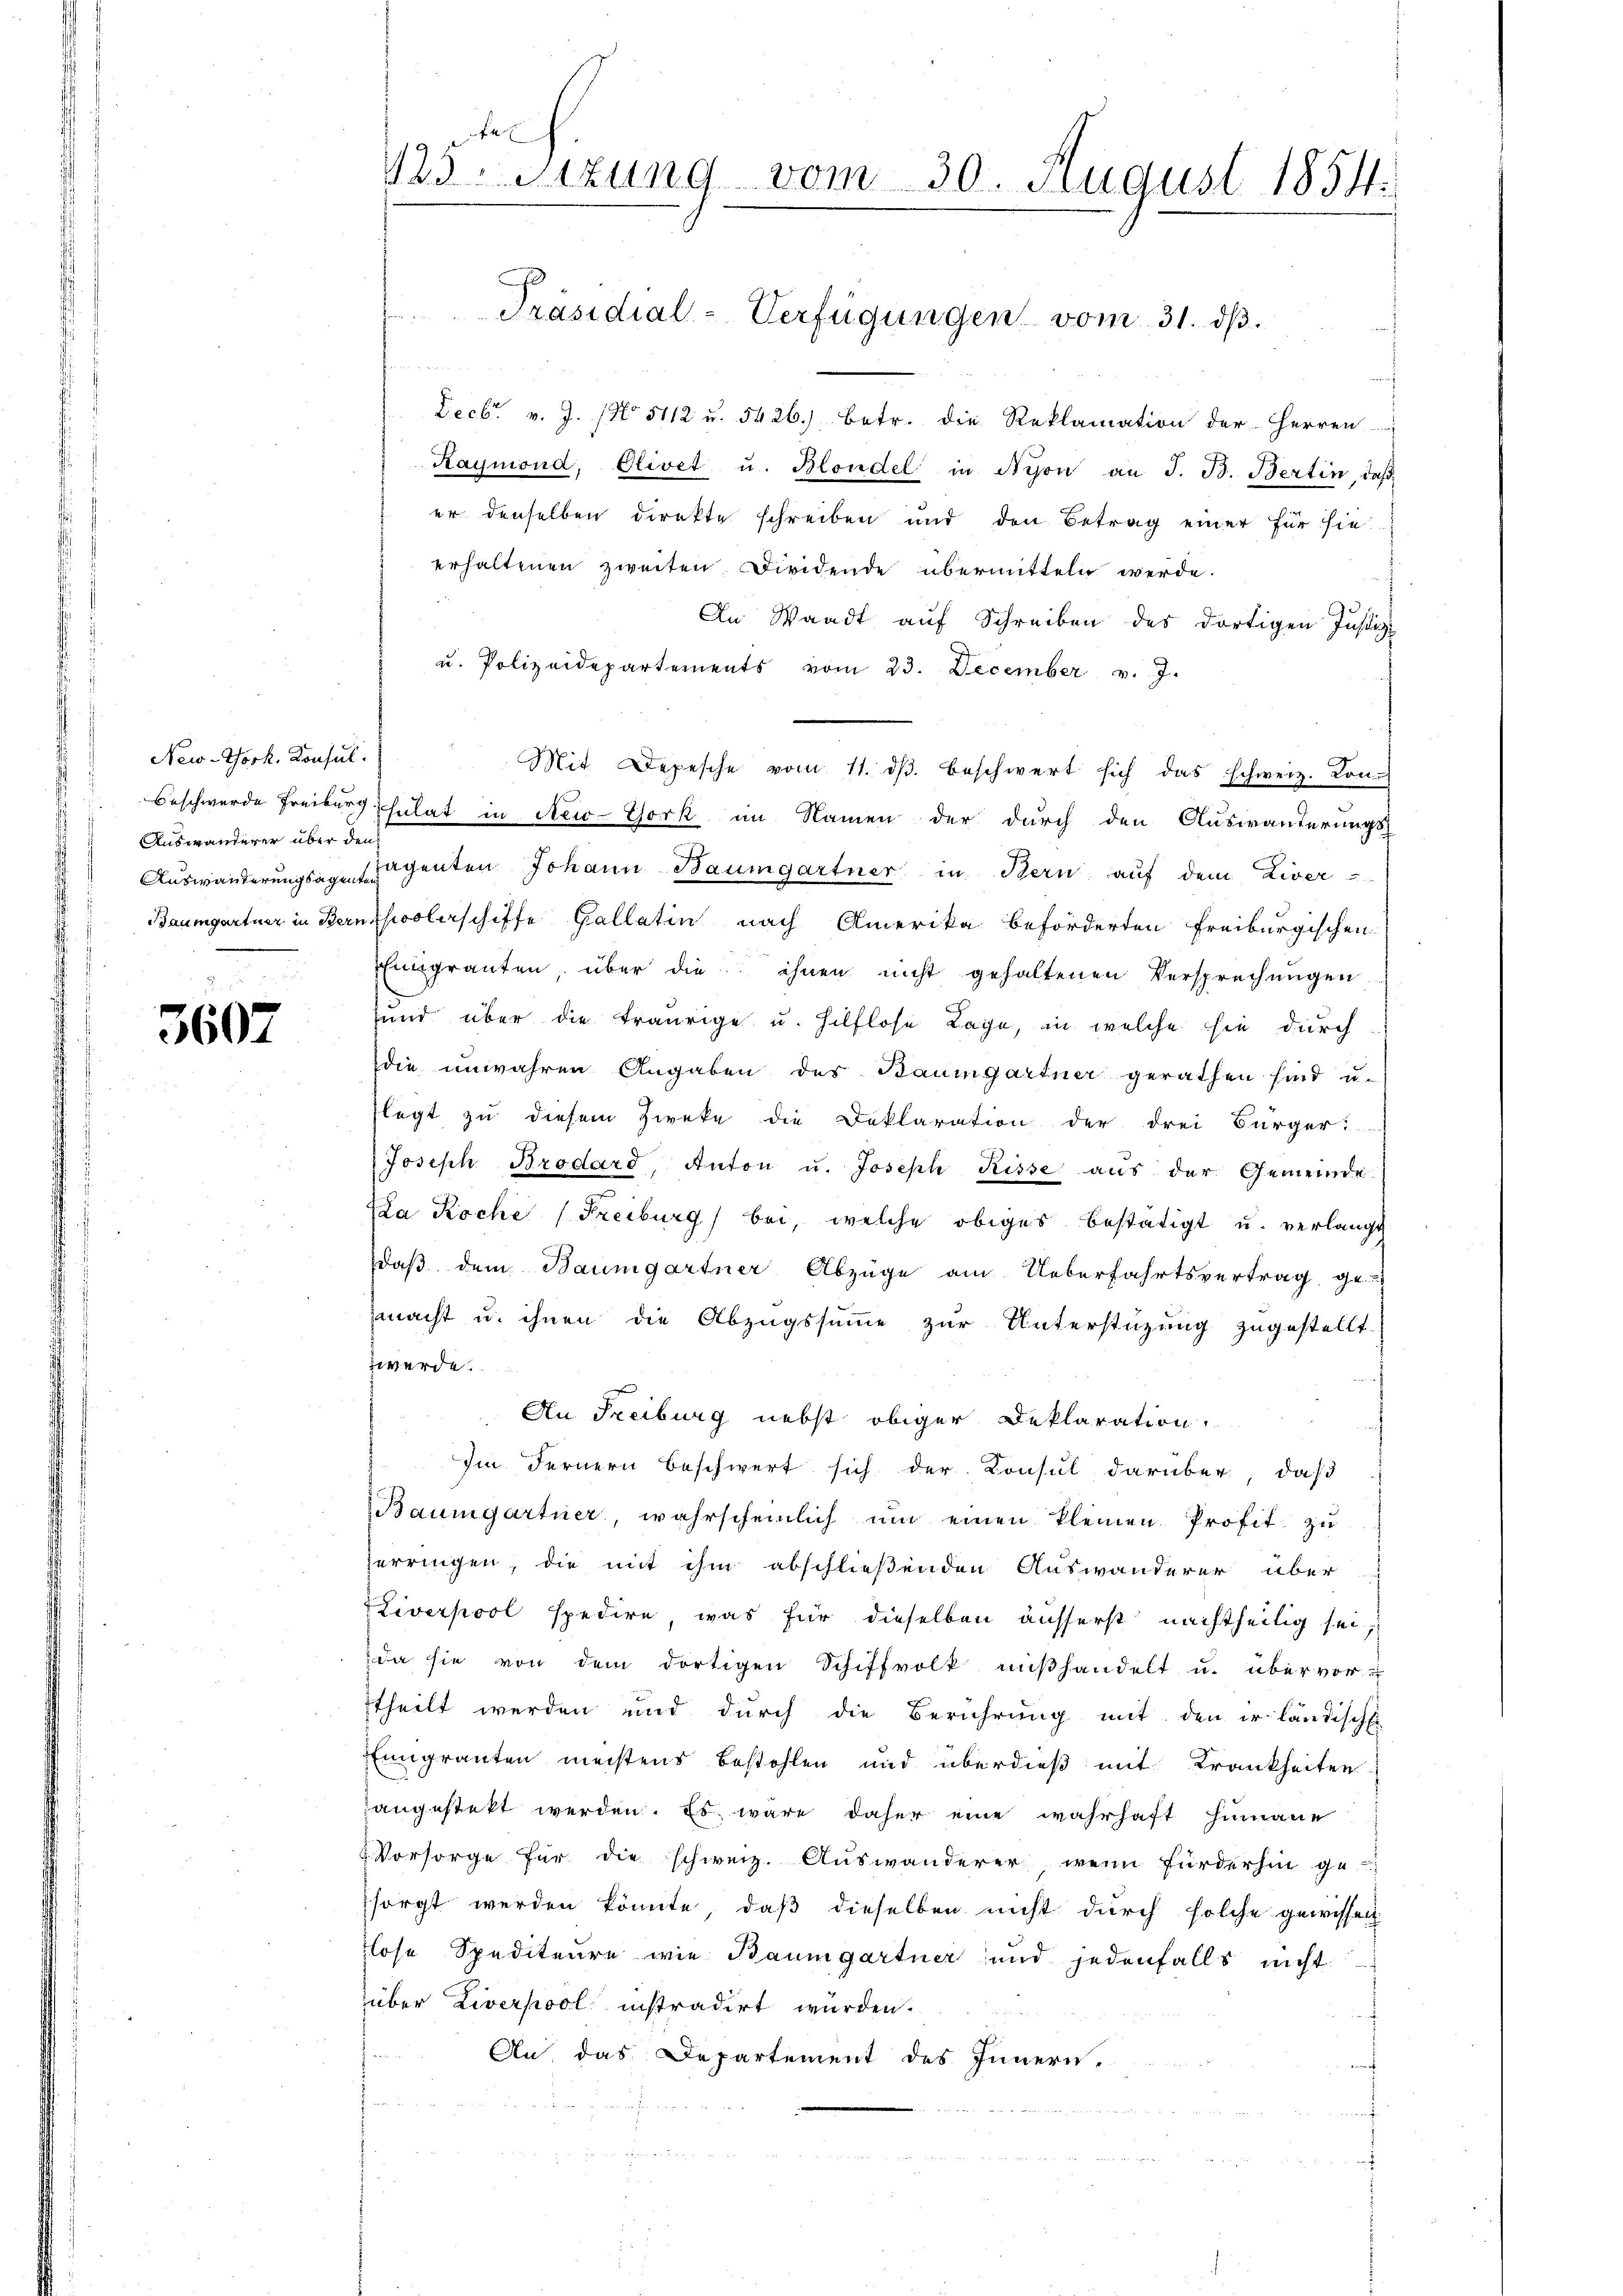
New-York. Konsul
Auswanderer über den

3607

125 Stzung vom 30. August 1854.

n
Decbr. v. J. (No 5112 u. 5426.) betr. die Reklamation der Herren
Raymond, Olivet u. Blondel in Nyon an J. B. Bertin, daß
er denselben direkte schreiben und den Betrag einer für sie
erhaltenen zweiten. Dividende übermitteln werde.
An Waadt auf Schreiben des dortigen Justiz-
u. Polizeidepartements vom 23. December v. J.
Mit Depesche vom 11. ds. beschwert sich das schweiz. Kon-
Beschwerde Freiburg Schulat in New-York im Namen der durch den Auswanderungs-
Auswanderungsaxe genten Johann Baumgartner in Bern auf dem Liver-
Baumgartner in Bernholerschiffe Gallatin nach Amerika beförderten Freiburgischen
Eingrauten, über die ihnen nicht gehaltenen Versprechungen
sund über die traurige u. hilflose Tage, in welche sie durch
die unwahren Angaben des Baumgartner gerathen sind u.
flegt zu diesem Zweke die Deklaration der drei Bürger
Joseph Brodard Anton u. Joseph Risse aus der Gemeinde
La Roche (Freiburg bei, welche obiges bestätigt u. verlangt
daß dem Baumgartner Abzüge am Ueberfahrtsvertrag ge-
macht u. ihnen die Abzugssumme zur Unterstüzung zugestellt
werde.
An Freiburg nebst obiger Deklaration
Im Fernern beschwert sich der Consul darüber, daß
Baumgartner, wahrscheinlich um einen kleinen Profit zu
zerringen, die mit ihm abschließenden Auswanderer über
iverpool spedire, was für dieselben äusserst nachtheilig sei,
da sie von dem dortigen Schiffvolk mißhandelt u. übervor-
ttheilt werden und durch die Berührung mit den er ländische
Eingranten meistens bestohlen und überdieß mit Krankheiten
angestekt werden. Es wäre daher eine wahrhaft hinaue
 Vorsorge für die schweiz. Auswanderer, wenn fürderhin ge-
sorgt werden könnte, daß dieselben nicht durch solche gewissen
lose Spediteure wie Baumgartner und jedenfalls nicht
über Liverpool instradirt würden.
An das Departement des Innern.

Präsidial-Verfügungen vom 31. dβ.